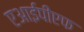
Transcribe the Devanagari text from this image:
एआईपीएफ